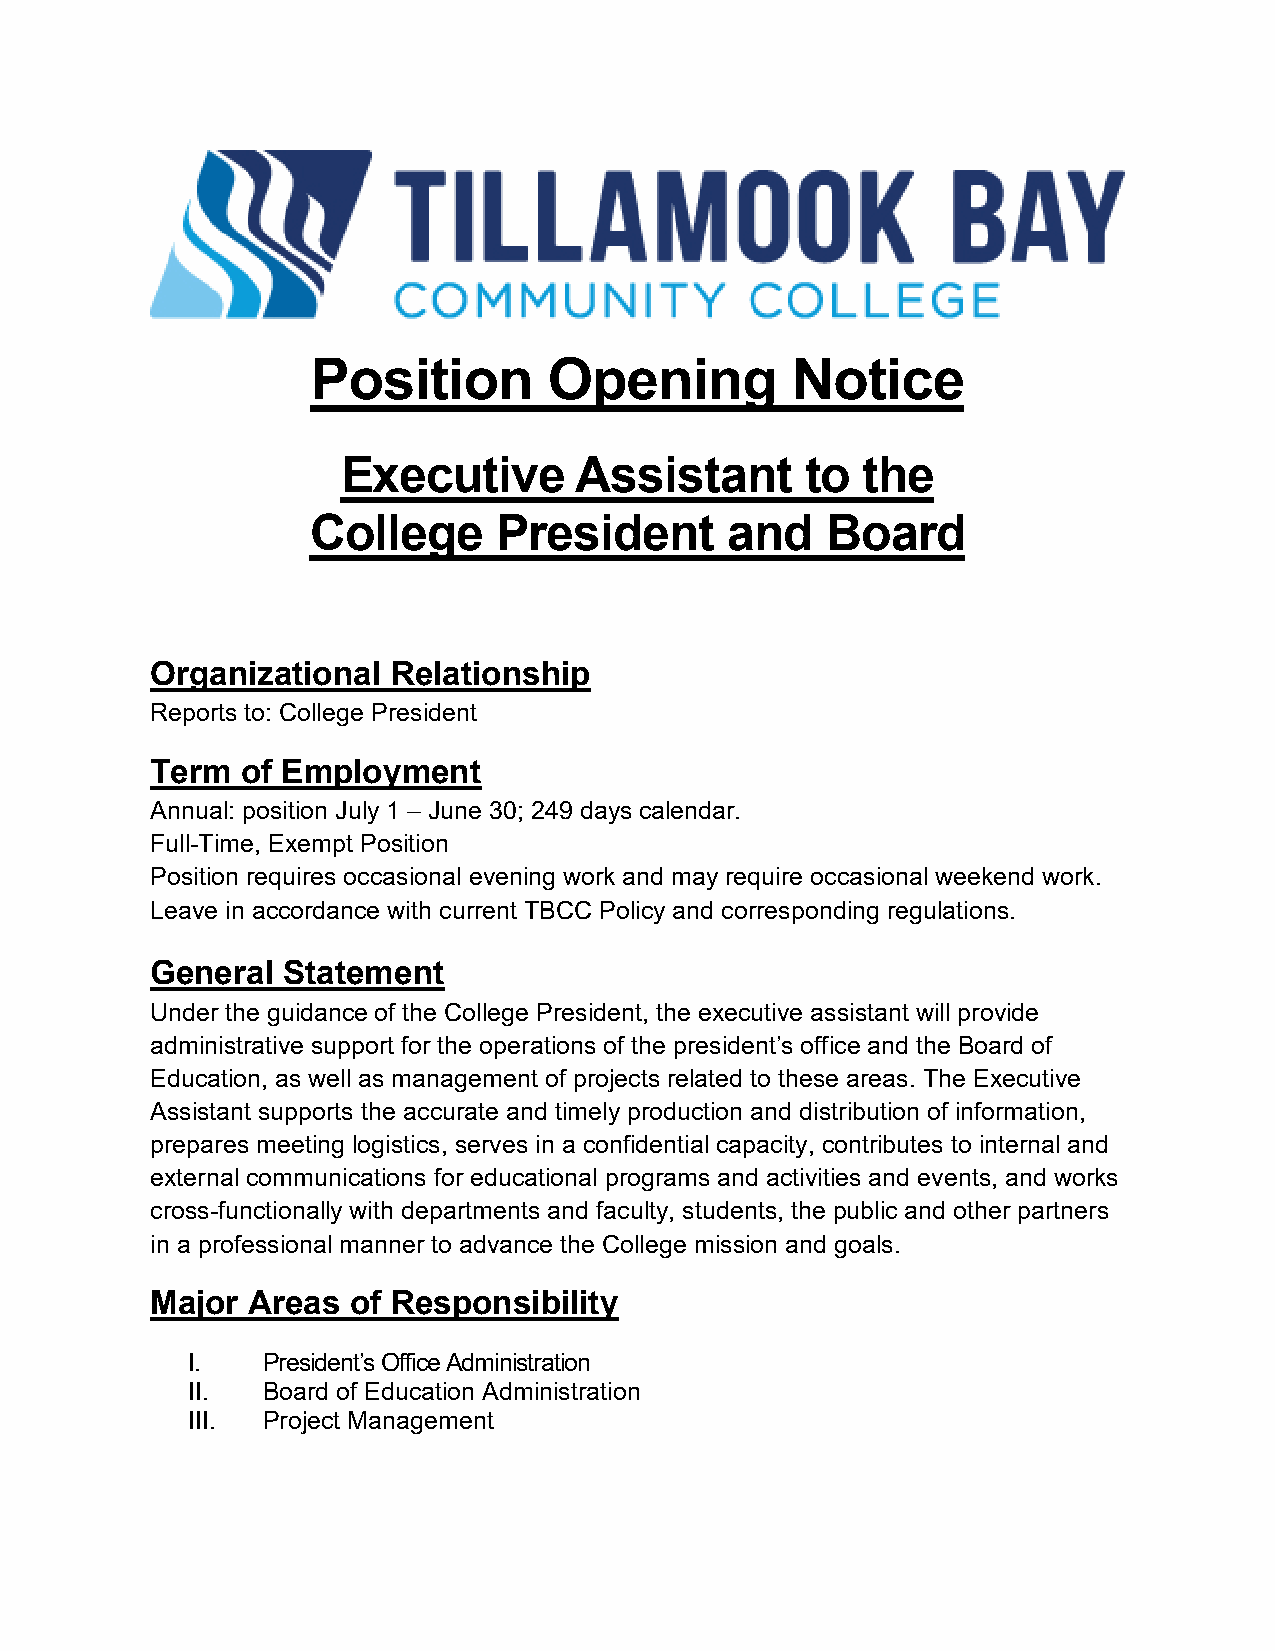
Position       Opening         Notice
 Executive      Assistant      to  the
 College     President      and    Board
 Organizational  Relationship
 Reports to: College President
 Term  of Employment
 Annual: position July 1 – June 30; 249 days calendar.
 Full-Time, Exempt Position
 Position requires occasional evening work and may require occasional weekend work.
 Leave in accordance with current TBCC Policy and corresponding regulations.
 General  Statement
 Under the guidance of the College President, the executive assistant will provide
 administrative support for the operations of the president’s office and the Board of
 Education, as well as management of projects related to these areas. The Executive
 Assistant supports the accurate and timely production and distribution of information,
 prepares meeting logistics, serves in a confidential capacity, contributes to internal and
 external communications for educational programs and activities and events, and works
 cross-functionally with departments and faculty, students, the public and other partners
 in a professional manner to advance the College mission and goals.
 Major Areas  of Responsibility
 I.   President’s Office Administration
 II.  Board of Education Administration
 III. Project Management